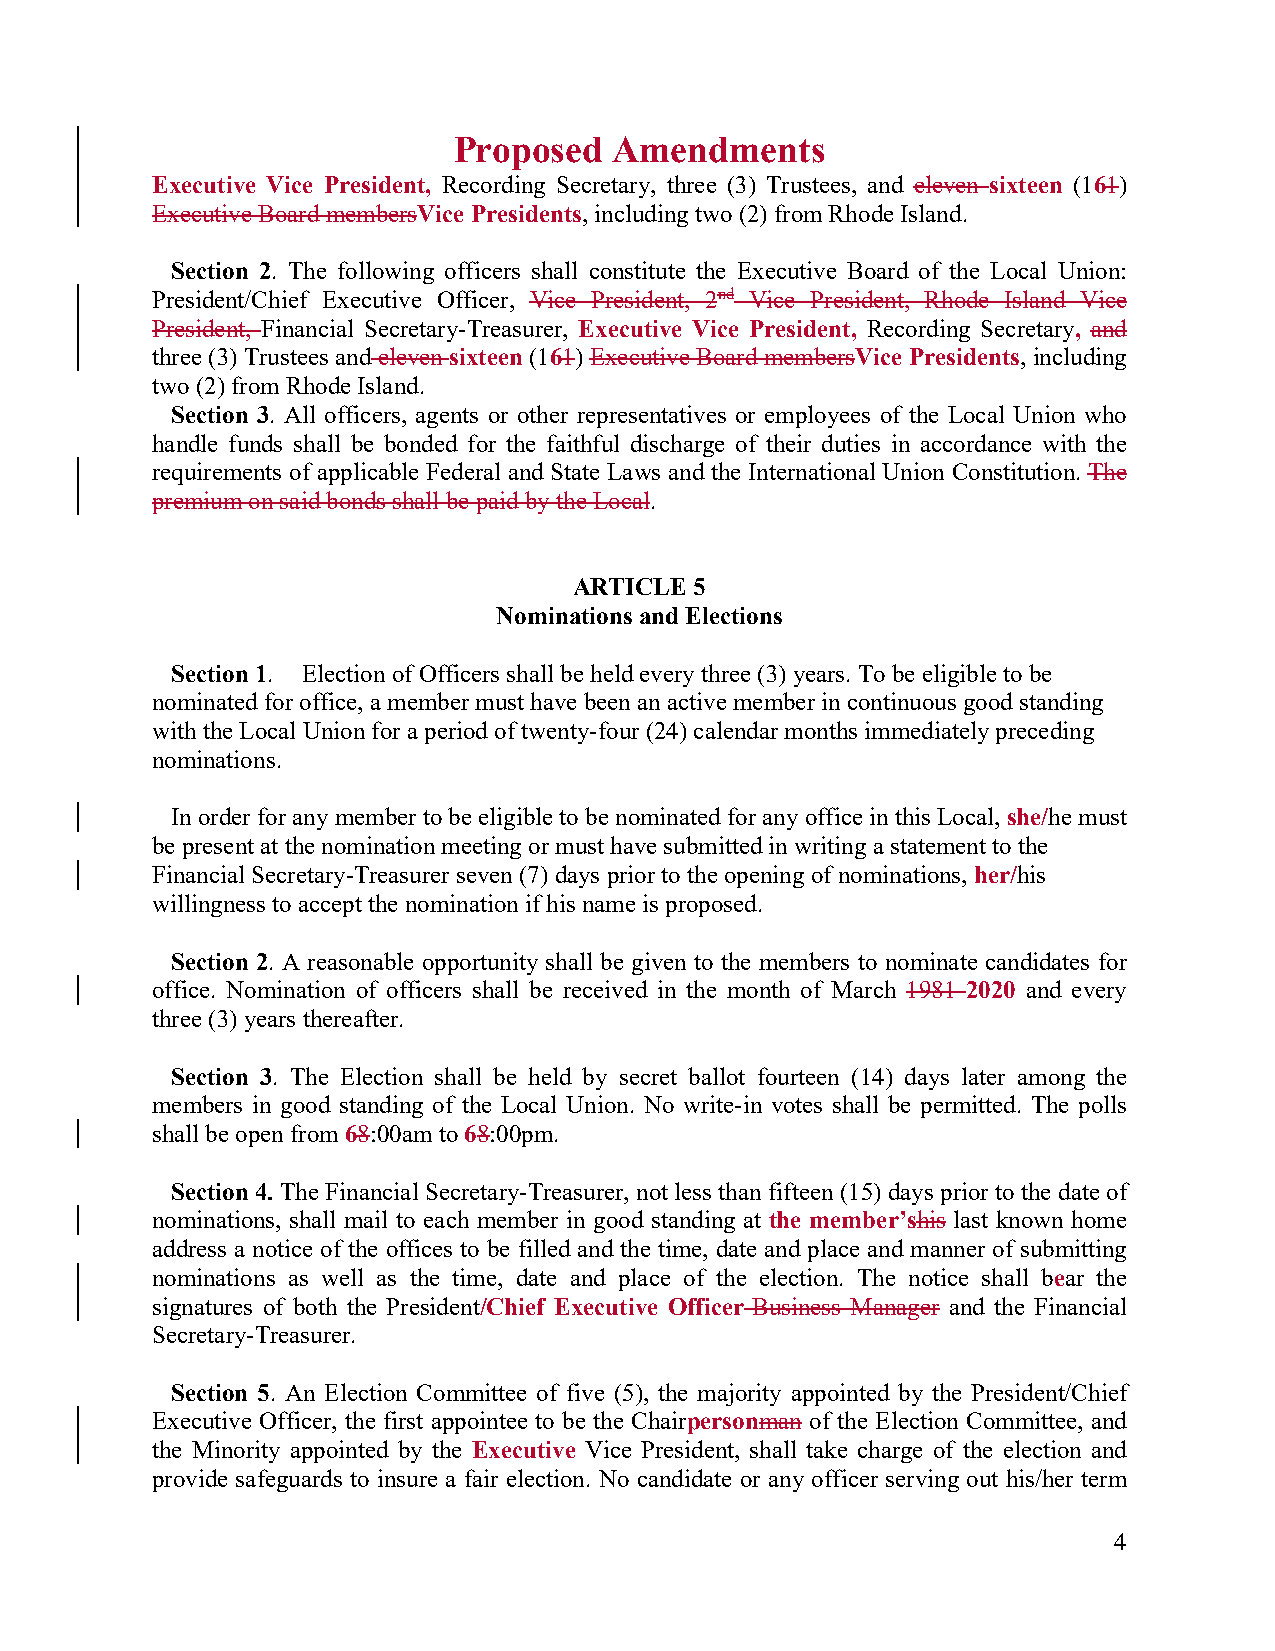
Proposed   Amendments
 Executive Vice President, Recording Secretary, three (3) Trustees, and eleven sixteen (161)
 Executive Board membersVice Presidents, including two (2) from Rhode Island.
 Section 2. The following officers shall constitute the Executive Board of the Local Union:
 President/Chief Executive Officer, Vice President, 2nd Vice President, Rhode Island Vice
 President, Financial Secretary-Treasurer, Executive Vice President, Recording Secretary, and
 three (3) Trustees and eleven sixteen (161) Executive Board membersVice Presidents, including
 two (2) from Rhode Island.
 Section 3. All officers, agents or other representatives or employees of the Local Union who
 handle funds shall be bonded for the faithful discharge of their duties in accordance with the
 requirements of applicable Federal and State Laws and the International Union Constitution. The
 premium on said bonds shall be paid by the Local.
 ARTICLE 5
 Nominations and Elections
 Section 1. Election of Officers shall be held every three (3) years. To be eligible to be
 nominated for office, a member must have been an active member in continuous good standing
 with the Local Union for a period of twenty-four (24) calendar months immediately preceding
 nominations.
 In order for any member to be eligible to be nominated for any office in this Local, she/he must
 be present at the nomination meeting or must have submitted in writing a statement to the
 Financial Secretary-Treasurer seven (7) days prior to the opening of nominations, her/his
 willingness to accept the nomination if his name is proposed.
 Section 2. A reasonable opportunity shall be given to the members to nominate candidates for
 office. Nomination of officers shall be received in the month of March 1981 2020 and every
 three (3) years thereafter.
 Section 3. The Election shall be held by secret ballot fourteen (14) days later among the
 members in good standing of the Local Union. No write-in votes shall be permitted. The polls
 shall be open from 68:00am to 68:00pm.
 Section 4. The Financial Secretary-Treasurer, not less than fifteen (15) days prior to the date of
 nominations, shall mail to each member in good standing at the member’shis last known home
 address a notice of the offices to be filled and the time, date and place and manner of submitting
 nominations as well as the time, date and place of the election. The notice shall bear the
 signatures of both the President/Chief Executive Officer-Business Manager and the Financial
 Secretary-Treasurer.
 Section 5. An Election Committee of five (5), the majority appointed by the President/Chief
 Executive Officer, the first appointee to be the Chairpersonman of the Election Committee, and
 the Minority appointed by the Executive Vice President, shall take charge of the election and
 provide safeguards to insure a fair election. No candidate or any officer serving out his/her term
 4